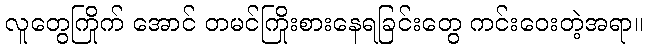
လူတွေကြိုက် အောင် တမင်ကြိုးစားနေရခြင်းတွေ ကင်းဝေးတဲ့အရာ။